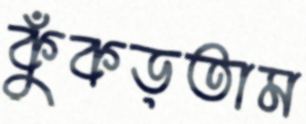
কুঁকড়তাম